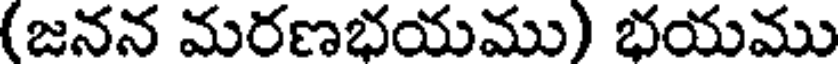
(జనన మరణభయము) భయము